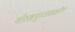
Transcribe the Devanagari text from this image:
गोरखपूरजवळील